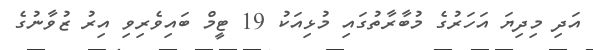
އަދި މިދިޔަ އަހަރުގެ މުބާރާތުގައި މުޅިއަކު 19 ޓީމް ބައިވެރިވި އިރު ޒުވާނުގެ